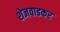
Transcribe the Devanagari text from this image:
शेजवाडकर